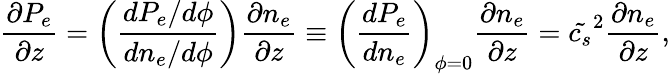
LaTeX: \frac{\partial P_{e}}{\partial z}=\left(\frac{dP_{e}/d\phi}{dn_{e}/d\phi}\right)\frac{\partial n_{e}}{\partial z}\equiv\left(\frac{dP_{e}}{dn_{e}}\right)_{\phi=0}\frac{\partial n_{e}}{\partial z}=\tilde{c_{s}}^{2}\frac{\partial n_{e}}{\partial z},